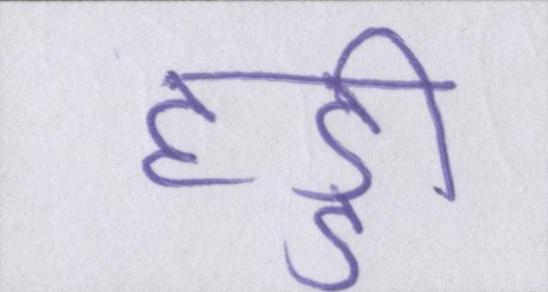
हड्डी